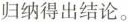
归纳得出结论。